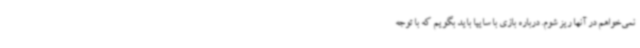
نمی‌خواهم در آنها ریز شوم. درباره بازی با سایپا باید بگویم که با توجه